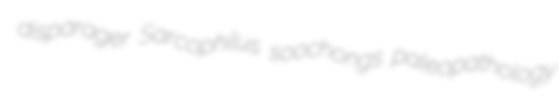
disparager Sarcophilus soochongs paleopathology